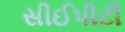
સીઈપીટી